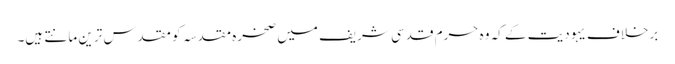
برخلاف یہودیت کے کہ وہ حرم قدسی شریف میں صخرہ مقدسہ کو مقدس ترین مانتے ہیں۔